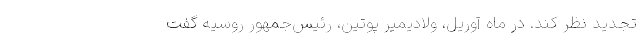
تجدید نظر کند. در ماه آوریل، ولادیمیر پوتین، رئیس‌جمهور روسیه گفت